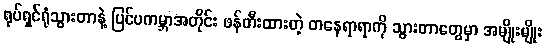
ရုပ်ရှင်ရုံသွားတာနဲ့ ပြင်ပကမ္ဘာအတိုင်း ဖန်တီးထားတဲ့ တနေရာရာကို သွားတာတွေမှာ အမျိုးမျိုး